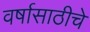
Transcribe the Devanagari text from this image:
वर्षासाठीचे